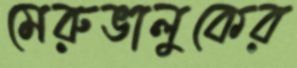
মেরুভালুকের